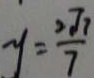
y = \frac { 2 \sqrt { 7 } } { 7 }